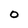
Character: 0